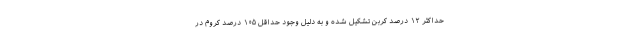
حداکثر ۱۲ درصد کربن تشکیل شده و به دلیل وجود حداقل ۱۰۵ درصد کروم در